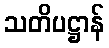
သတိပဋ္ဌာန်